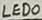
Text: LED0